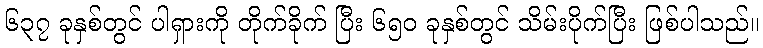
၆၃၇ ခုနှစ်တွင် ပါရှားကို တိုက်ခိုက် ပြီး ၆၅၀ ခုနှစ်တွင် သိမ်းပိုက်ပြီး ဖြစ်ပါသည်။